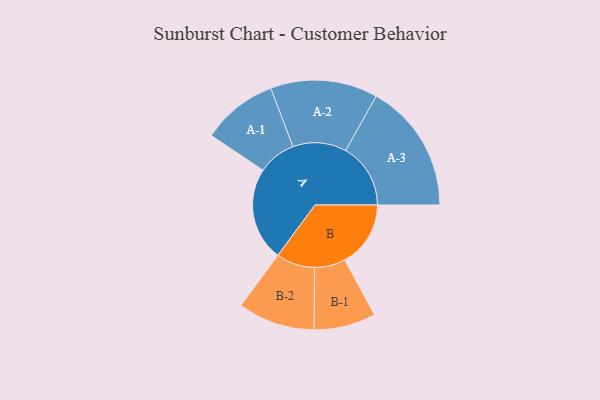
{"axis": {"x": "Segment", "y": "Value"}, "legend": ["", "A", "B"], "data": [{"x": "A", "y": 412, "type": ""}, {"x": "B", "y": 290, "type": ""}, {"x": "A-1", "y": 167, "type": "A"}, {"x": "A-2", "y": 236, "type": "A"}, {"x": "A-3", "y": 286, "type": "A"}, {"x": "B-1", "y": 136, "type": "B"}, {"x": "B-2", "y": 170, "type": "B"}]}